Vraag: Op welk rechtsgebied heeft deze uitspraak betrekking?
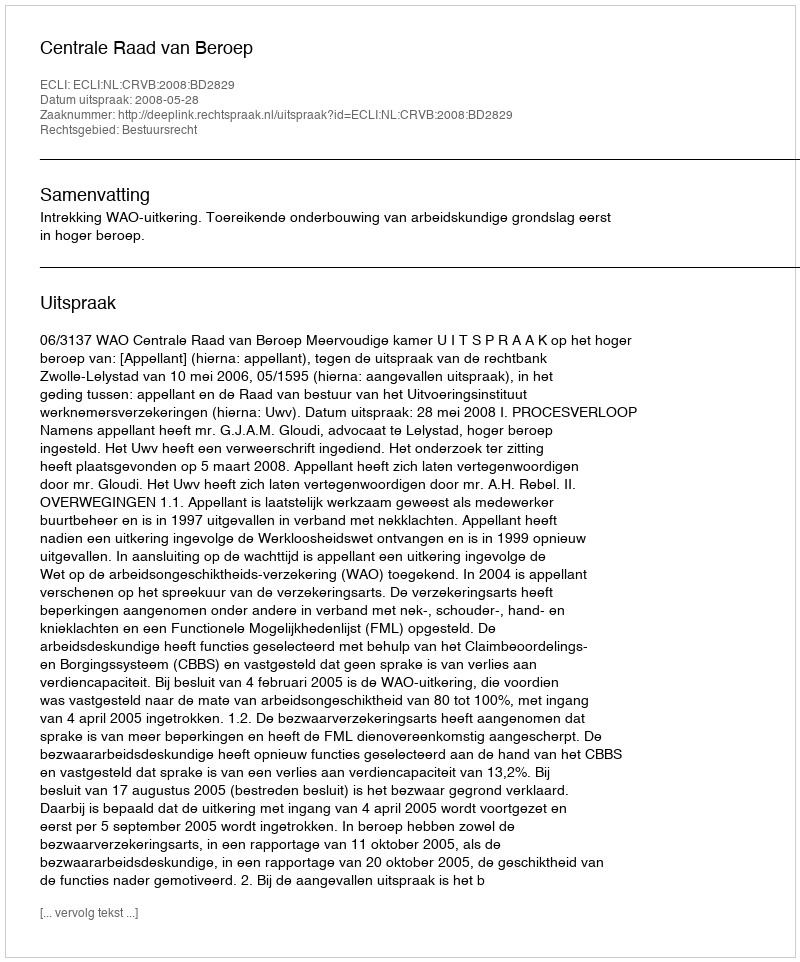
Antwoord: Bestuursrecht